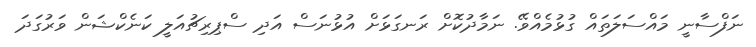
ނަފްސާނީ މައްސަލަތައް ގުޅުމެއްވޭ. ނަމާދުކޮށް ރަނގަޅަށް އުޅުނަސް އަދި ސްޕިރިޗުއަލީ ކަނެކްޝަން ވަރުގަދަ